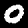
Digit: 0